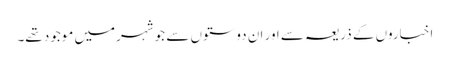
اخباروں کے ذریعہ سے اور ان دوستوں سے جو شہرمیں موجود تھے۔